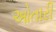
ઓતારી